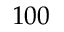
1 0 0